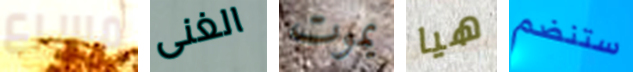
مسرع الغنى يموت هيا ستنضم